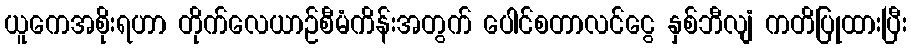
ယူကေအစိုးရဟာ တိုက်လေယာဉ်စီမံကိန်းအတွက် ပေါင်စတာလင်ငွေ နှစ်ဘီလျံ ကတိပြုထားပြီး